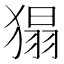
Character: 𤠐